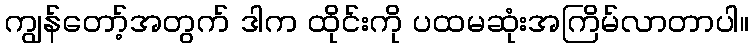
ကျွန်တော့်အတွက် ဒါက ထိုင်းကို ပထမဆုံးအကြိမ်လာတာပါ။